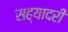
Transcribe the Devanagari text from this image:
सह्यादरी